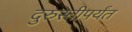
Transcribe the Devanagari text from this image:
दुरुस्तीपर्यंत